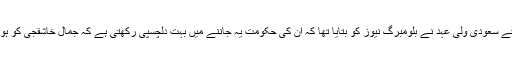
گذشتہ ہفتے سعودی ولی عہد نے بلومبرگ نیوز کو بتایا تھا کہ ان کی حکومت یہ جاننے میں بہت دلچسپی رکھتی ہے کہ جمال خاشقجی کو ہوا کیا ہے۔